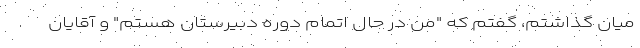
میان گذاشتم، گفتم که "من در حال اتمام دوره دبیرستان هستم" و آقایان